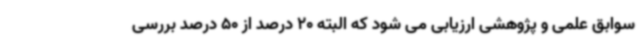
سوابق علمی و پژوهشی ارزیابی می شود که البته 20 درصد از 50 درصد بررسی